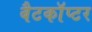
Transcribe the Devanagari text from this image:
बैटकाॅप्टर